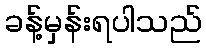
ခန့်မှန်းရပါသည်